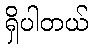
ရှိပါတယ်